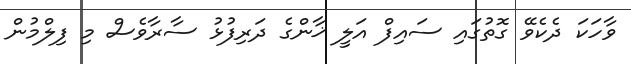
ވާހަކަ ދެކެވޭ ގޮތުގައި ސައިފް އަލީ ޚާންގެ ދަރިފުޅު ސާރާވެސް މި ފިލްމުން